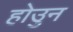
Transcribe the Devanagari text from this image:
होउुन